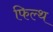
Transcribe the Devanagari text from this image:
फिल्थ